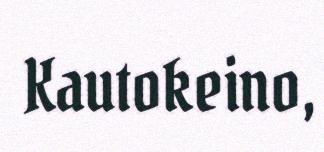
Kautokeino,